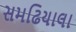
સમઢિયાલા